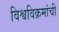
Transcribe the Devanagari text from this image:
विश्वविक्रमांची